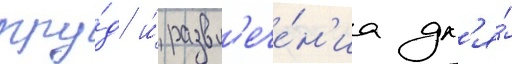
тру́д и́ развл'ече́н'иа дл'я́